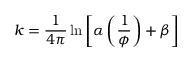
k = \frac { 1 } { 4 \pi } \ln { \left[ \alpha \left( \frac { 1 } { \phi } \right) + \beta \right] }